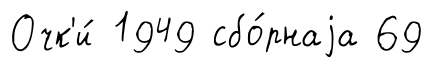
Очк'и́ 1949 сбо́рнаjа 69